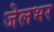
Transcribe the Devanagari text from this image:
जेलभर